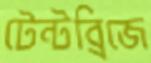
টেন্টব্রিজে